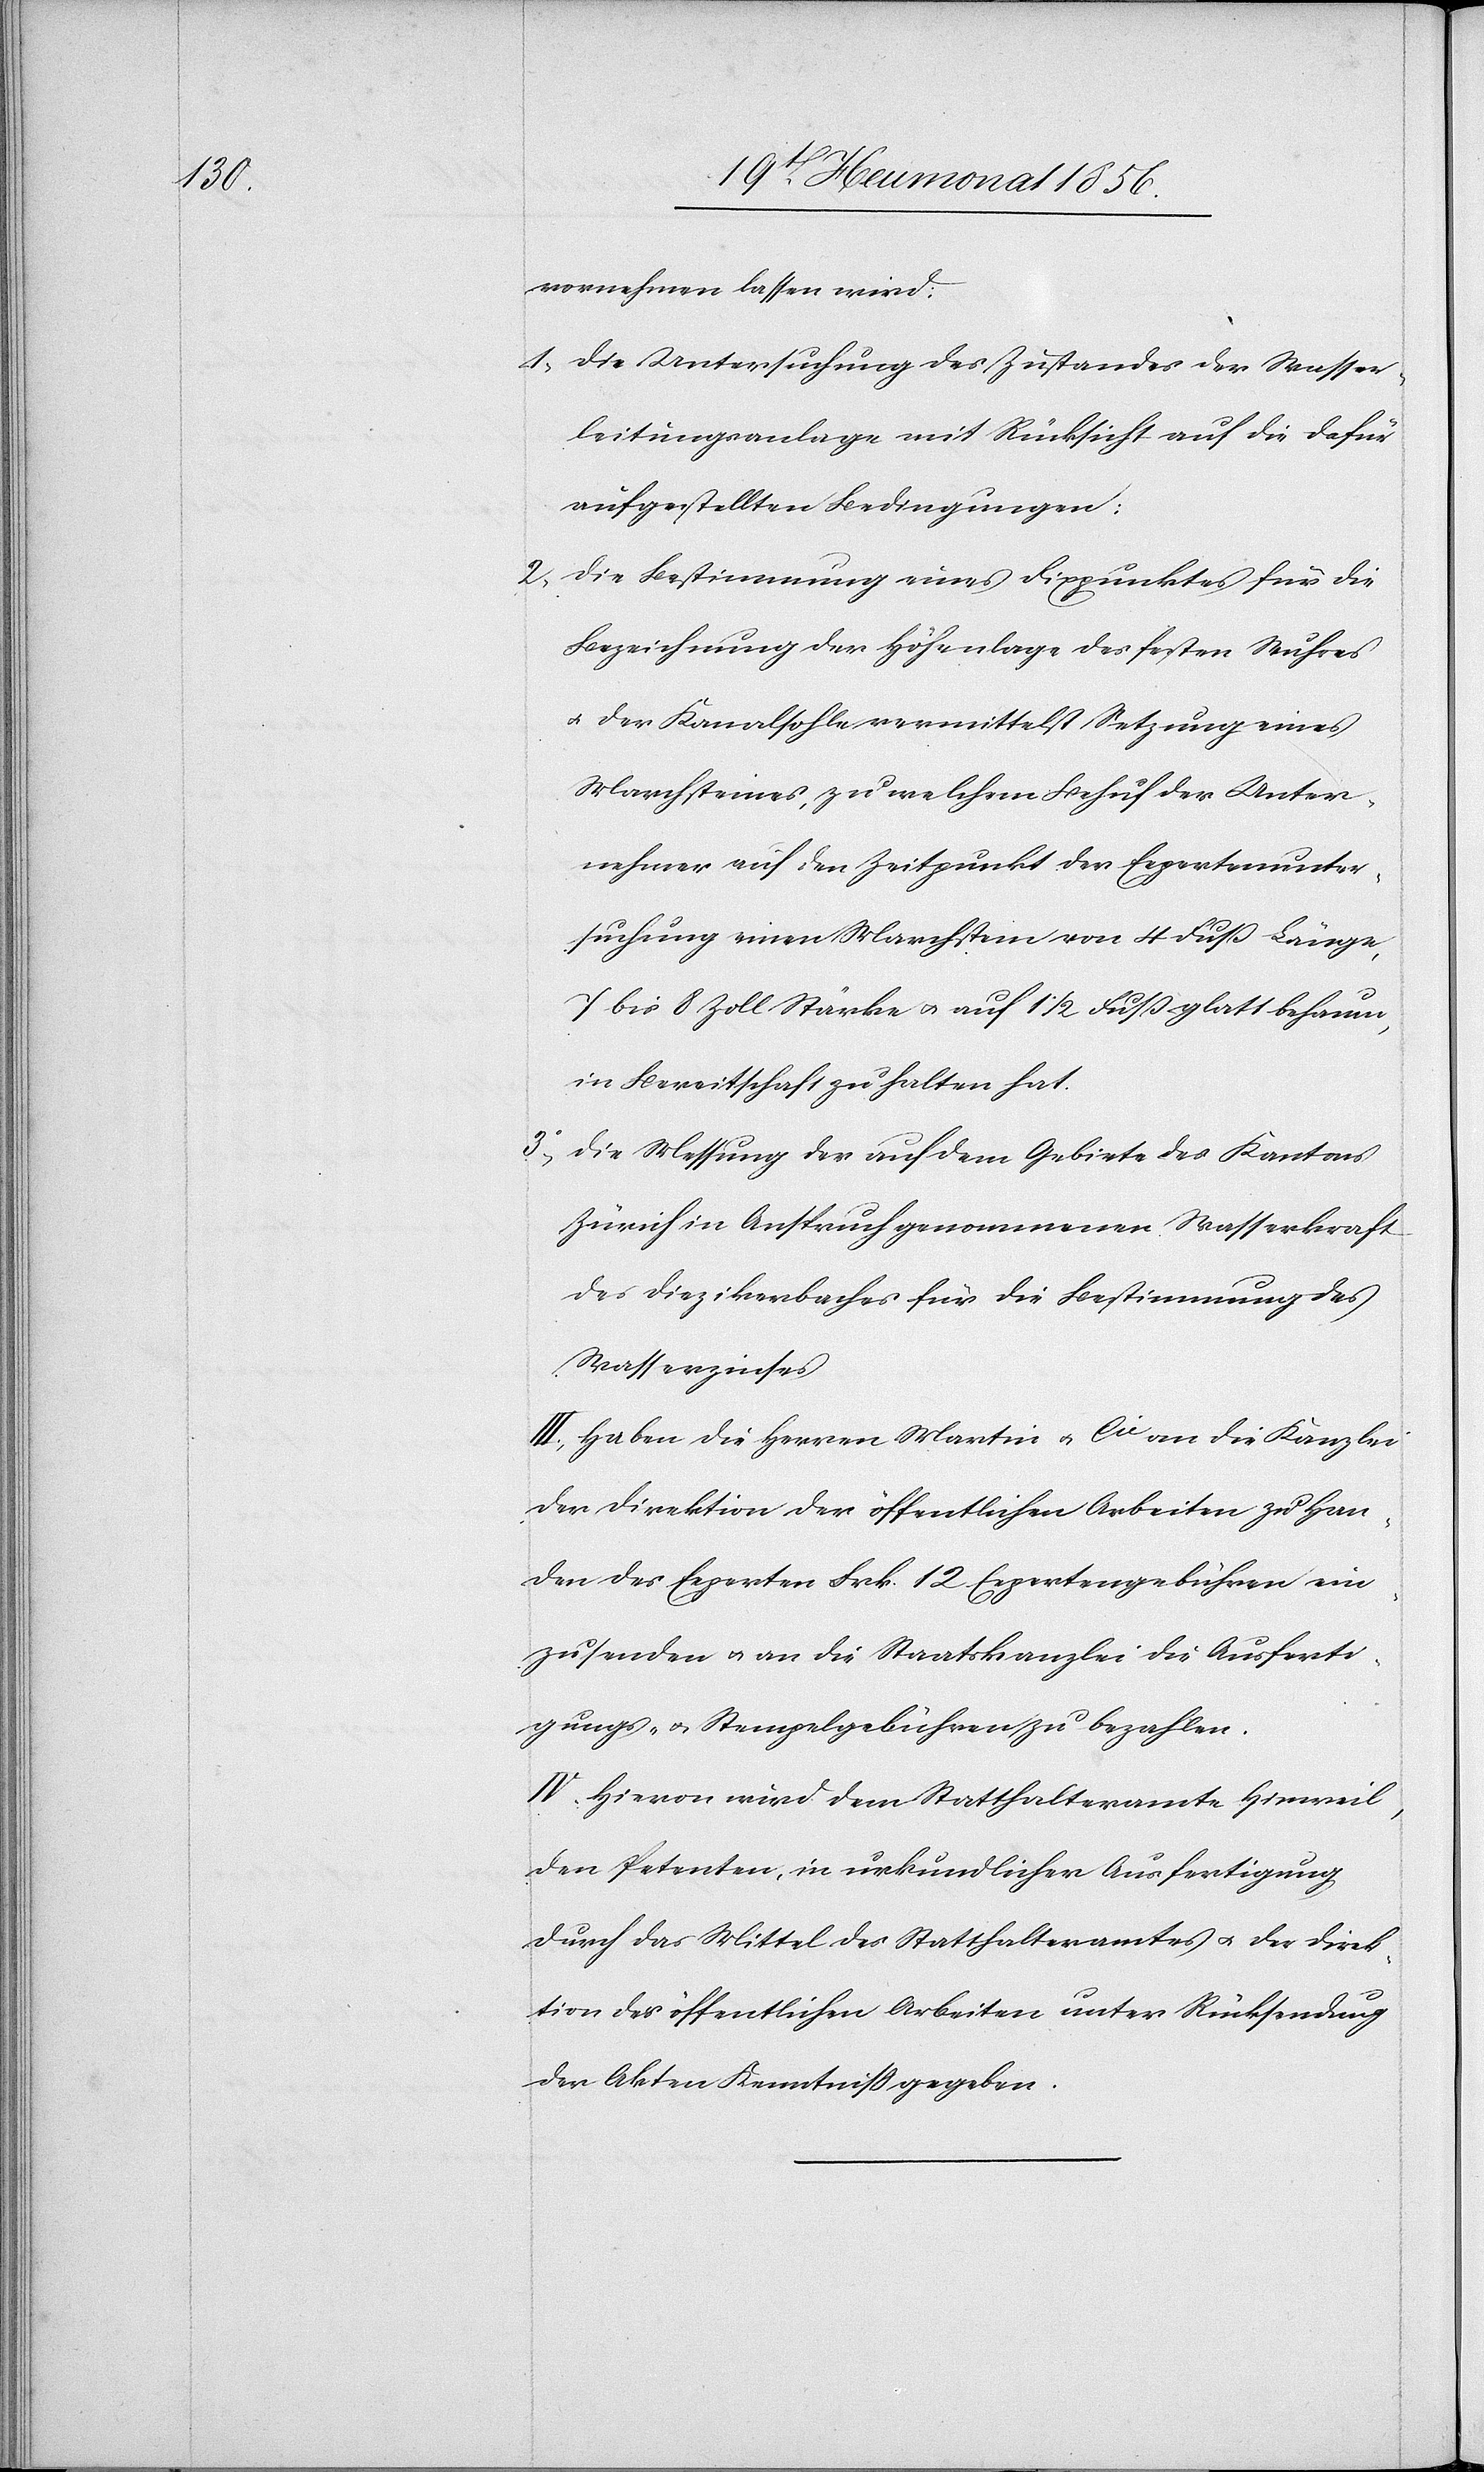
vornehmen lassen wird:
1) Die Untersuchung des Zustandes der Wasser¬
leitungsanlage mit Rücksicht auf die dafür
aufgestellten Bedingungen:
2) Die Bestimmung eines Fixpunktes für die
Bezeichnung der Höhenlage des festen Wuhres
u. der Kanalsohle vermittelst Setzung eines
Marchsteines, zu welchem Behuf der Unter¬
nehmer auf den Zeitpunkt der Expertenunter¬
suchung einen Marchstein von 4 Fuß Länge,
7 bis 8 Zoll Stärke u. auf 1 1/2 Fuß glatt behauen,
in Bereitschaft zu halten hat.
3) Die Messung der auf dem Gebiete des Kantons
Zürich in Anspruch genommenen Wasserkraft
des Diezikerbaches für die Bestimmung des
Wasserzinses[.]
III.) Haben die Herren Martin u. Cie die Kanzlei
der Direktion der öffentlichen Arbeiten zu Han¬
den des Experten Frk. 12 Expertengebühren ein¬
zusenden u. an die Staatskanzlei die Ausferti¬
gungs- u. Stempelgebühren zu bezahlen.
IV.) Hievon wir dem Statthalteramte Hinweil,
den Petenten, in urkundlicher Ausfertigung
durch das Mittel des Statthalteramtes u. der Direk¬
tion der öffentlichen Arbeiten unter Rücksendung
der Akten Kenntniss gegeben.